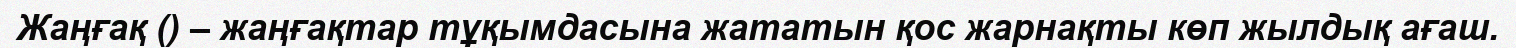
Жаңғақ () – жаңғақтар тұқымдасына жататын қос жарнақты көп жылдық ағаш.